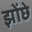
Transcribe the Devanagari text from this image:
झोंछे